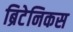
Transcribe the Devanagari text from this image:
ब्रिटेनिकस